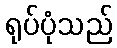
ရုပ်ပုံသည်